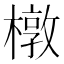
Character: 橔